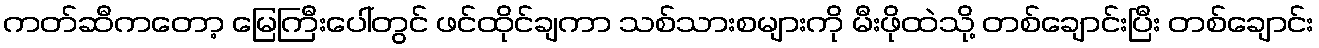
ကတ်ဆီကတော့ မြေကြီးပေါ်တွင် ဖင်ထိုင်ချကာ သစ်သားစများကို မီးဖိုထဲသို့ တစ်ချောင်းပြီး တစ်ချောင်း